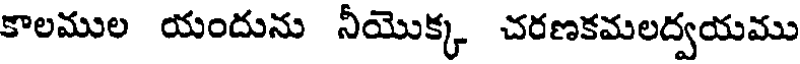
కాలముల యందును నీయొక్క చరణకమలద్వయము